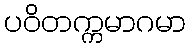
ပဝိတက္ကမာဂမာ